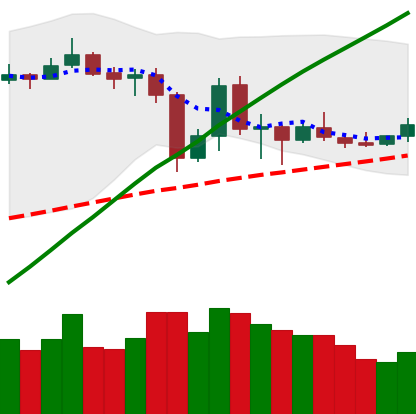
Ticker: LTC-USD
Chart end date: 2019-07-08
Forward return: -18.056%
Label: down_7plus